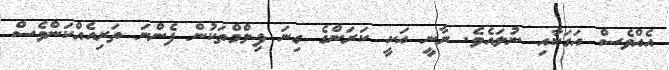
އެއްވެސް އަގަކާއި ނުލައެވެ. ރާނީ އަކީ ކަރަންގެ ގިނަ ފިލްމްތަކުން ފެންނަ ތަރިއެއްކަންވެސް